Sanitation, dispensaries and jails vaccination Rajputana 1922-1927 - 1922-1927
Year: 1922
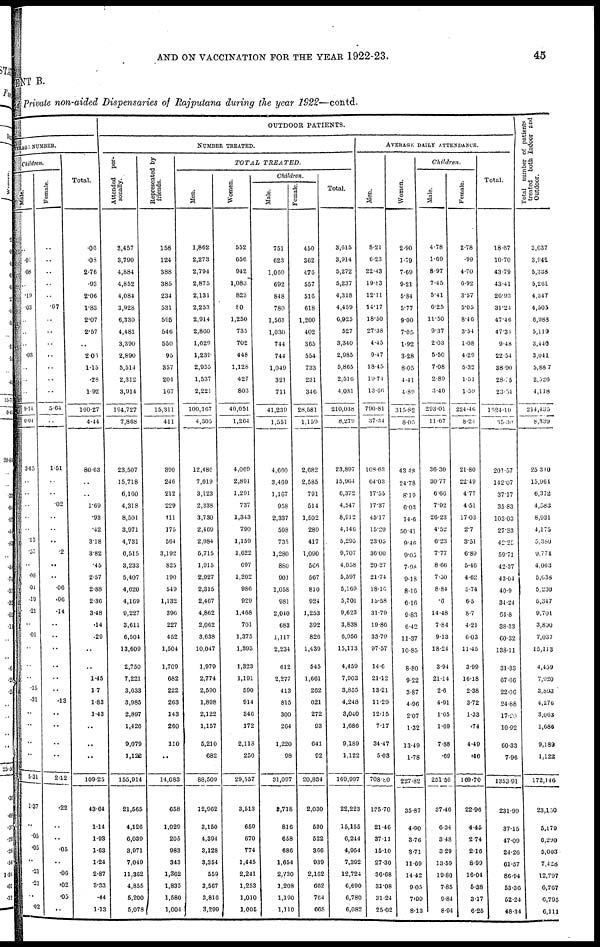
AND ON VACCINATION FOR THE YEAR 1922-23.
45
MENT B.
and Private non-aided Dispensaries of Rajputana during the year 1922—contd.
OUTDOOR PATIENTS.
VERAGE NUMBER.
Children.
Male.
..
.01
.08
..
.19
.03
..
..
..
.03
..
..
..
9.14
0.04
3.65
..
..
..
..
..
.13
.57
..
.08
.01
.19
.21
..
.01
..
..
..
.15
.31
..
..
..
..
5.31
1.37
..
.05
.05
..
.21
.21
..
.02
Female.
..
..
..
..
..
.07
..
..
..
..
..
..
..
5.64
..
1.51
..
..
.02
..
..
..
.2
..
..
.06
.06
.14
..
..
..
..
..
..
.13
..
..
..
..
2.12
.22
..
..
.05
..
.06
.02
.05
..
Total.
.06
.08
2.76
.93
2.06
1.83
2.07
2.57
..
2.06
1.15
.28
1.92
160.27
4.44
80.63
..
..
1.69
.93
.42
3.18
3.82
.45
2.57
2.88
2.30
3.48
.14
.29
..
..
1.45
1.7
1.83
1.43
..
..
..
109.25
43.64
1.14
1.93
1.63
1.24
2.87
3.33
.44
1.13
NUMBER TREATED.
Attended per-
sonally.
3,457
3,790
4,884
4,852
4,084
3,928
6,330
4,481
3,390
2,890
5,514
2,312
3,914
194,727
7,868
23,507
15,718
6,160
4,318
8,501
3,971
4,731
6,515
3,233
5,407
4,620
4,169
9,227
3,611
6,504
13,609
2,750
7,221
3,633
3,985
2,897
1,426
9,079
1,122
155,914
21,565
4,126
6,039
3,971
7,049
11,362
4,855
5,200
5,078
Represented by
friends.
158
124
388
385
234
531
595
546
550
95
357
204
107
15,311
411
390
246
212
229
411
175
564
3,192
825
190
549
1,132
396
227
452
1,504
1,709
682
222
263
143
260
110
..
14,083
658
1,029
205
983
343
1,362
1,835
1,580
1,004
TOTAL
TREATED.
Men.
1,862
2,273
2,794
2,875
2,131
2,253
2,914
2,860
1,629
1,239
2,955
1,537
2,221
100,167
4,305
12,486
7,019
3,123
2,338
3,730
2,469
2,984
5,715
1,915
2,927
2,315
2,467
4,862
2,062
3,638
10,047
1,979
2,774
2,590
1,898
2,122
1,157
5,210
682
88,500
12,962
3,150
4,394
3,128
3,354
559
3,567
3,816
3,299
Women.
552
656
942
1,083
823
80
1,250
735
702
448
1,128
427
803
40,051
1,264
4,069
2,891
1,291
737
1,343
790
1,159
1,022
697
1,202
980
929
1,468
701
1,375
1,393
1,323
1,191
590
914
346
172
2,118
250
29,557
3,513
659
670
774
1,445
2,241
1,253
1,010
1,005
Children.
Male.
751
623
1,060
692
848
780
1,561
1,030
744
744
1,049
321
711
41,239
1,551
4,660
3,469
1,167
958
2,337
598
735
1,280
880
901
1,058
981
2,040
683
1,117
2,234
612
2,277
413
815
300
264
1,220
98
31,097
3,718
816
658
686
1,654
2,730
1,208
1,190
1,110
Female.
450
362
476
557
516
618
1,200
402
365
554
733
231
346
28,581
1,159
2,682
2,585
791
514
1,502
289
417
1,090
506
567
810
924
1,253
392
826
1,439
545
1,661
262
621
272
93
641
92
20,834
2,030
530
522
366
939
2,162
662
764
668
Total.
3,015
3,914
5,272
5,237
4,318
4,459
6,925
527
3,340
2,985
5,865
2,510
4,081
210,038
8,279
23,897
15,964
6,372
4,547
8,912
4,146
5,295
9,707
4,058
5,597
5,169
5,301
9,623
3,838
6,956
15,113
4,459
7,903
3,855
4,248
3,040
1,686
9,189
1,122
169,997
22,223
15,155
6,244
4,954
7,392
12,724
6,690
6,780
6,082
AVERAGE DAILY ATTENDANCE.
Men.
8.21
6.23
22.43
19.83
12.11
14.17
18.50
27.33
4.45
9.47
18.45
10.74
13.66
790.81
37.34
108.63
64.03
17.55
17.37
45.17
15.20
23.05
30.00
20.27
21.74
18.16
15.58
31.79
19.80
33.79
97.57
14.6
21.12
13.21
11.29
12.15
7.17
34.47
5.03
708.80
135.70
21.46
37.11
15.10
27.30
36.68
31.08
31.24
25.02
Women.
2.90
1.79
7.69
9.21
5.84
5.77
9.00
7.05
1.92
3.28
8.05
4.41
4.89
315.82
8.05
43.48
24.78
8.19
6.03
14.6
50.41
9.46
9.05
7.98
9.18
8.10
6.16
9.83
6.42
11.37
10.85
8.80
9.22
3.87
4.96
2.07
1.32
13.49
1.78
227.82
35.87
4.90
3.76
3.71
11.69
14.42
9.05
7.99
8.13
Children.
Male.
4.78
1.69
8.97
7.45
5.41
6.25
11.50
9.37
203
5.50
7.08
2.89
3.40
293.01
11.67
36.30
30.77
6.66
7.92
26.23
4.52
6.23
7.77
8.66
7.50
8.84
.6
14.48
7.84
913
18.24
3.94
21.14
2.6
4.91
1.65
1.69
7.88
.69
251.59
37.46
6.34
3.48
3.29
13.59
19.80
7.85
9.84
8.94
Female.
2.78
.99
4.70
6.92
3.57
5.05
8.46
3.54
1.08
4.29
5.32
1.51
1.59
224 .46
8.24
21.80
22.49
4.77
4.51
17.03
2.7
3.51
6.89
5.46
4.62
5.74
6.5
8.7
4.21
6.03
11.45
3.99
10.18
2.38
3.72
1.33
.74
4.49
.46
169.70
22.96
4.45
2.74
2.16
8.99
16.04
5.38
3.17
6.25
Total.
18.67
10.70
43.79
43.41
26.93
31.24
47.46
47.34
9.48
22.54
38.90
28.75
23.54
1824.10
65.30
201 .57
142.07
37.17
35.83
103.03
27.83
42.25
59.71
42.37
43.04
40.9
34.24
64.8
38.33
60.32
138.11
31.33
67.66
22.06
24.88
17.20
10.92
60.33
7.96
1353.91
231 .99
37.15
47.09
24.26
61.57
86.94
53.36
52.24
48.34
Total number of patients
treated both Indoor and
Outdoor.
3,637
3,941
5,338
5,201
4,347
4,505
6,983
5,119
3,440
3,041
5,887
2,526
4,118
214,435
8,339
25,340
15,904
6,372
4,583
8,931
4,175
5,380
9,774
4,063
5,638
5,230
5,347
9,701
3,890
7,037
15,113
4,459
7,920
3,893
4,276
3,063
1,686
9,189
1,122
172,546
23,150
5,179
6,290
5,003
7,4 28
12,797
6,767
6,795
6,111